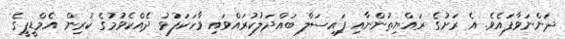
ދަންނަވާފައެވެ. އެ ރަށުގެ ރައްޔިތުންނާއި ފައިސަލް ބައްދަލުކުރައްވައި ވާހަކަފުޅު ދެއްކެވުމުގެ ކުރިން އެމްޑީޕީގެ